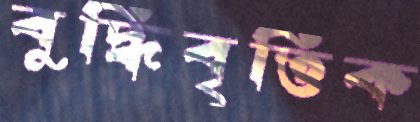
বুদ্ধিবৃত্তিক